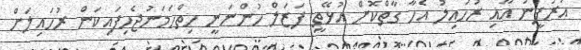
އަރުފީނު އާއި ރުހައިލު އެހާ ގާތްކޮށް އުޅޭތީ ފަޒަލް ހުންނަނީ ހިތްހަމަނުޖެހިފައިކަން ރުހައިލަށް